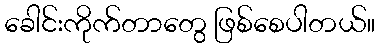
ခေါင်းကိုက်တာတွေ ဖြစ်စေပါတယ်။